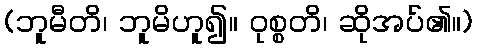
(ဘူမီတိ၊ ဘူမိဟူ၍။ ဝုစ္စတိ၊ ဆိုအပ်၏။)